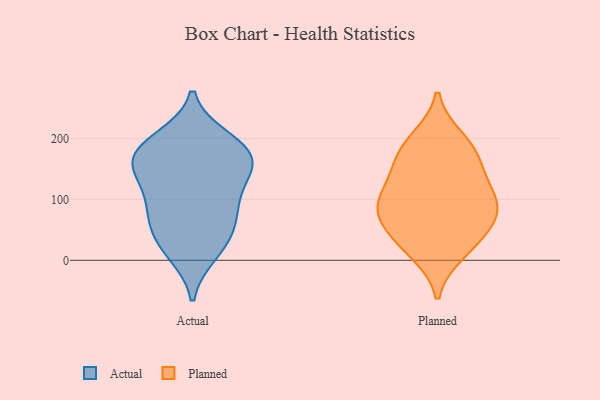
{"axis": {"x": "Waste Production (Tons)", "y": "Value"}, "legend": ["Actual", "Planned"], "data": [{"x": "", "y": 95, "type": "Actual"}, {"x": "", "y": 12, "type": "Actual"}, {"x": "", "y": 142, "type": "Actual"}, {"x": "", "y": 173, "type": "Actual"}, {"x": "", "y": 21, "type": "Actual"}, {"x": "", "y": 42, "type": "Actual"}, {"x": "", "y": 199, "type": "Actual"}, {"x": "", "y": 102, "type": "Actual"}, {"x": "", "y": 67, "type": "Actual"}, {"x": "", "y": 174, "type": "Actual"}, {"x": "", "y": 157, "type": "Actual"}, {"x": "", "y": 70, "type": "Actual"}, {"x": "", "y": 141, "type": "Actual"}, {"x": "", "y": 193, "type": "Actual"}, {"x": "", "y": 170, "type": "Actual"}, {"x": "", "y": 163, "type": "Planned"}, {"x": "", "y": 118, "type": "Planned"}, {"x": "", "y": 83, "type": "Planned"}, {"x": "", "y": 41, "type": "Planned"}, {"x": "", "y": 187, "type": "Planned"}, {"x": "", "y": 157, "type": "Planned"}, {"x": "", "y": 115, "type": "Planned"}, {"x": "", "y": 75, "type": "Planned"}, {"x": "", "y": 13, "type": "Planned"}, {"x": "", "y": 80, "type": "Planned"}, {"x": "", "y": 199, "type": "Planned"}, {"x": "", "y": 85, "type": "Planned"}, {"x": "", "y": 27, "type": "Planned"}]}